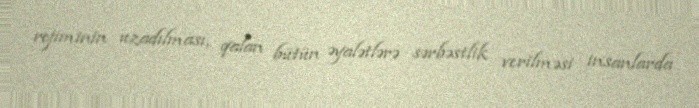
rejiminin uzadılması, qalan bütün əyalətlərə sərbəstlik verilməsi insanlarda